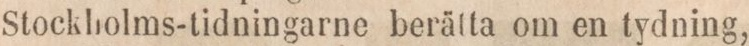
Stockholms-tidningarne berätta om en tydning,